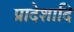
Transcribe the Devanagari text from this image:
प्रादेशादि